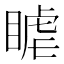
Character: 𥈴